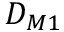
D _ { M 1 }